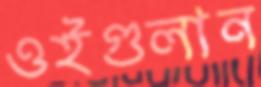
ওইগুলান